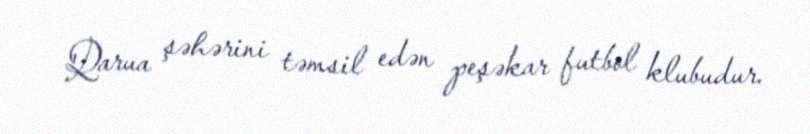
Qarua şəhərini təmsil edən peşəkar futbol klubudur.